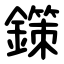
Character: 鏼